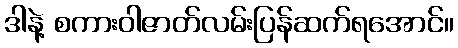
ဒါနဲ့ စကားဝါဇာတ်လမ်းပြန်ဆက်ရအောင်။